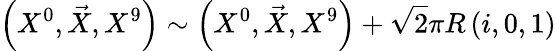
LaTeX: \left(X^{0},\vec{X},X^{9}\right)\sim\left(X^{0},\vec{X},X^{9}\right)+\sqrt{2}\pi R\left(i,0,1\right)